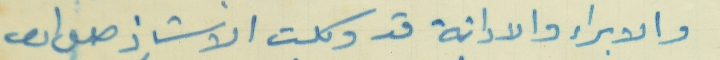
والابراء والادانة قد وكلت الاستاذ طعان